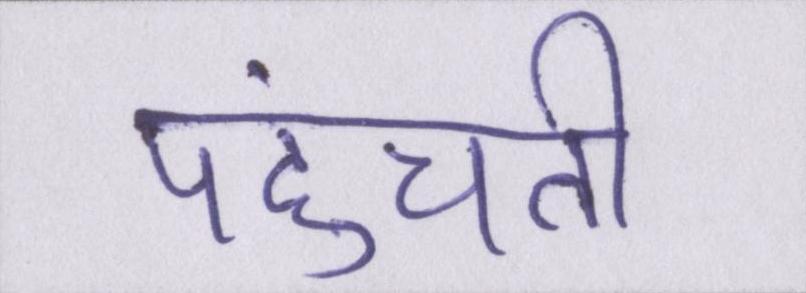
पहुंचती